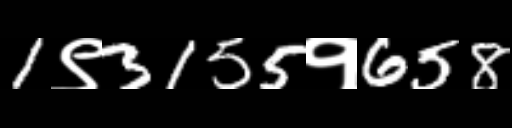
Text: 1९3155१658